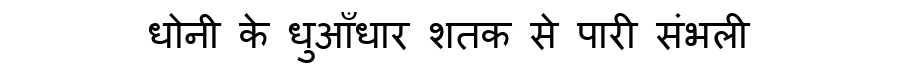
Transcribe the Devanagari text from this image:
धोनी के धुआँधार शतक से पारी संभली